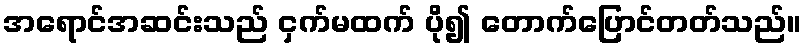
အရောင်အဆင်းသည် ငှက်မထက် ပို၍ တောက်ပြောင်တတ်သည်။